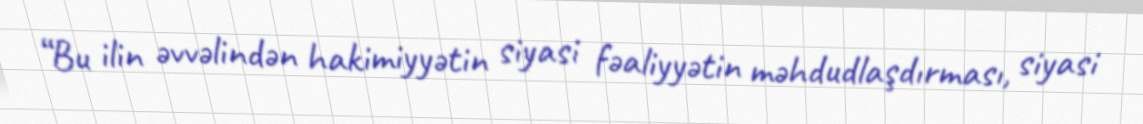
“Bu ilin əvvəlindən hakimiyyətin siyasi fəaliyyətin məhdudlaşdırması, siyasi